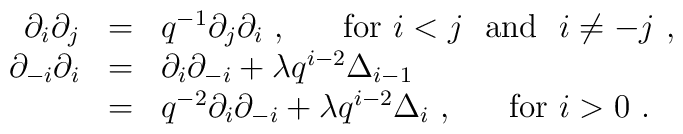
\begin{array}{rcl}\partial_i\partial_j&=&q^{-1}\partial_j\partial_i~,~~~~~{\rm for}~i<j~ ~{\rm and}~~i\not=-j~,\\\partial_{-i}\partial_i&=&\partial_i\partial_{-i}+\lambda q^{i-2}\Delta_{i-1}\\                       &=&q^{-2}\partial_i\partial_{-i}+\lambda                       q^{i-2}\Delta_i~,~~~~~{\rm for}~i>0~.\end{array}